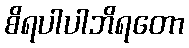
စိရပါပါဘိရတော